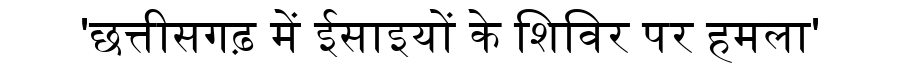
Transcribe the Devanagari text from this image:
'छत्तीसगढ़ में ईसाइयों के शिविर पर हमला'